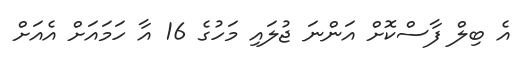
އެ ބިލް ފާސްކޮށް އަންނަ ޖުލައި މަހުގެ 16 އާ ހަމައަށް އެއަށް